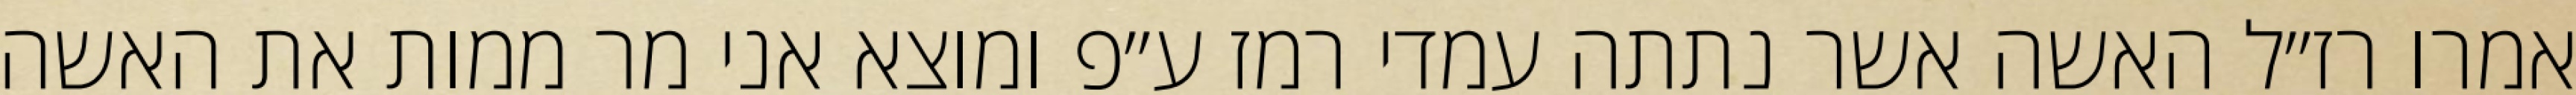
אמרו רז״ל האשה אשר נתתה עמדי רמז ע״פ ומוצא אני מר ממות את האשה